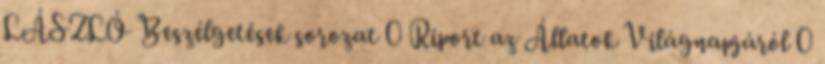
LÁSZLÓ Beszélgetések sorozat 0 Riport az Állatok Világnapjáról 0